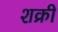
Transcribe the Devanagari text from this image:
शक्री